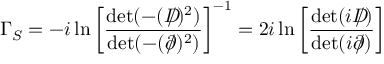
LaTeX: \Gamma _ { S } = - i \ln \left[ { \frac { \operatorname * { d e t } ( - ( D \! \! \! \! \slash ) ^ { 2 } ) } { \operatorname * { d e t } ( - ( \partial \! \! \! \slash ) ^ { 2 } ) } } \right] ^ { - 1 } = 2 i \ln \left[ { \frac { \operatorname * { d e t } ( i D \! \! \! \! \slash ) } { \operatorname * { d e t } ( i \partial \! \! \! \slash ) } } \right]